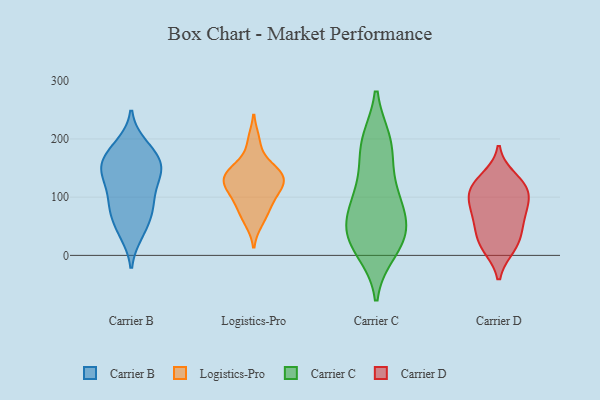
{"axis": {"x": "Population (Million)", "y": "Value"}, "legend": ["Carrier B", "Carrier C", "Carrier D", "Logistics-Pro"], "data": [{"x": "", "y": 42, "type": "Carrier B"}, {"x": "", "y": 86, "type": "Carrier B"}, {"x": "", "y": 110, "type": "Carrier B"}, {"x": "", "y": 78, "type": "Carrier B"}, {"x": "", "y": 174, "type": "Carrier B"}, {"x": "", "y": 152, "type": "Carrier B"}, {"x": "", "y": 189, "type": "Carrier B"}, {"x": "", "y": 141, "type": "Carrier B"}, {"x": "", "y": 90, "type": "Carrier B"}, {"x": "", "y": 130, "type": "Carrier B"}, {"x": "", "y": 158, "type": "Carrier B"}, {"x": "", "y": 150, "type": "Carrier B"}, {"x": "", "y": 146, "type": "Carrier B"}, {"x": "", "y": 183, "type": "Carrier B"}, {"x": "", "y": 68, "type": "Carrier B"}, {"x": "", "y": 38, "type": "Carrier B"}, {"x": "", "y": 197, "type": "Logistics-Pro"}, {"x": "", "y": 153, "type": "Logistics-Pro"}, {"x": "", "y": 136, "type": "Logistics-Pro"}, {"x": "", "y": 139, "type": "Logistics-Pro"}, {"x": "", "y": 90, "type": "Logistics-Pro"}, {"x": "", "y": 121, "type": "Logistics-Pro"}, {"x": "", "y": 78, "type": "Logistics-Pro"}, {"x": "", "y": 112, "type": "Logistics-Pro"}, {"x": "", "y": 58, "type": "Logistics-Pro"}, {"x": "", "y": 118, "type": "Logistics-Pro"}, {"x": "", "y": 142, "type": "Logistics-Pro"}, {"x": "", "y": 109, "type": "Carrier C"}, {"x": "", "y": 194, "type": "Carrier C"}, {"x": "", "y": 43, "type": "Carrier C"}, {"x": "", "y": 192, "type": "Carrier C"}, {"x": "", "y": 28, "type": "Carrier C"}, {"x": "", "y": 114, "type": "Carrier C"}, {"x": "", "y": 183, "type": "Carrier C"}, {"x": "", "y": 28, "type": "Carrier C"}, {"x": "", "y": 75, "type": "Carrier C"}, {"x": "", "y": 10, "type": "Carrier C"}, {"x": "", "y": 77, "type": "Carrier C"}, {"x": "", "y": 35, "type": "Carrier C"}, {"x": "", "y": 75, "type": "Carrier D"}, {"x": "", "y": 54, "type": "Carrier D"}, {"x": "", "y": 72, "type": "Carrier D"}, {"x": "", "y": 113, "type": "Carrier D"}, {"x": "", "y": 95, "type": "Carrier D"}, {"x": "", "y": 116, "type": "Carrier D"}, {"x": "", "y": 133, "type": "Carrier D"}, {"x": "", "y": 17, "type": "Carrier D"}, {"x": "", "y": 14, "type": "Carrier D"}, {"x": "", "y": 33, "type": "Carrier D"}, {"x": "", "y": 113, "type": "Carrier D"}]}